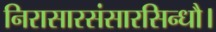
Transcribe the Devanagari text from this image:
निरासारसंसारसिन्धौ।